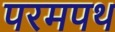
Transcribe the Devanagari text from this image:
परमपथ